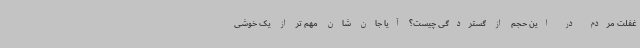
غفلت مردم در این حجم از گستردگی چیست؟ آیا جان شان مهم تر از یک خوشی